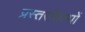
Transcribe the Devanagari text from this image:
प्रस्तरशिल्पों